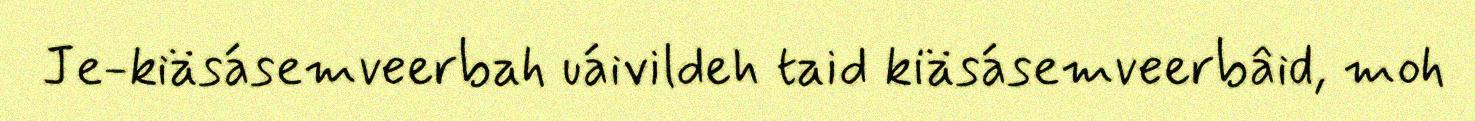
Je-kiäsásemveerbah uáivildeh taid kiäsásemveerbâid, moh